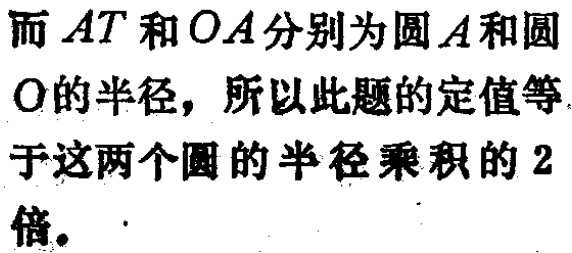
而 \(AT\) 和 \(OA\) 分别为圆 \(A\) 和圆 \(O\) 的半径，所以此题的定值等于这两个圆的半径乘积的 \(2\) 倍。